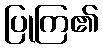
ပြုကြ၏